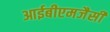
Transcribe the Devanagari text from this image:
आईबीएमजैसी